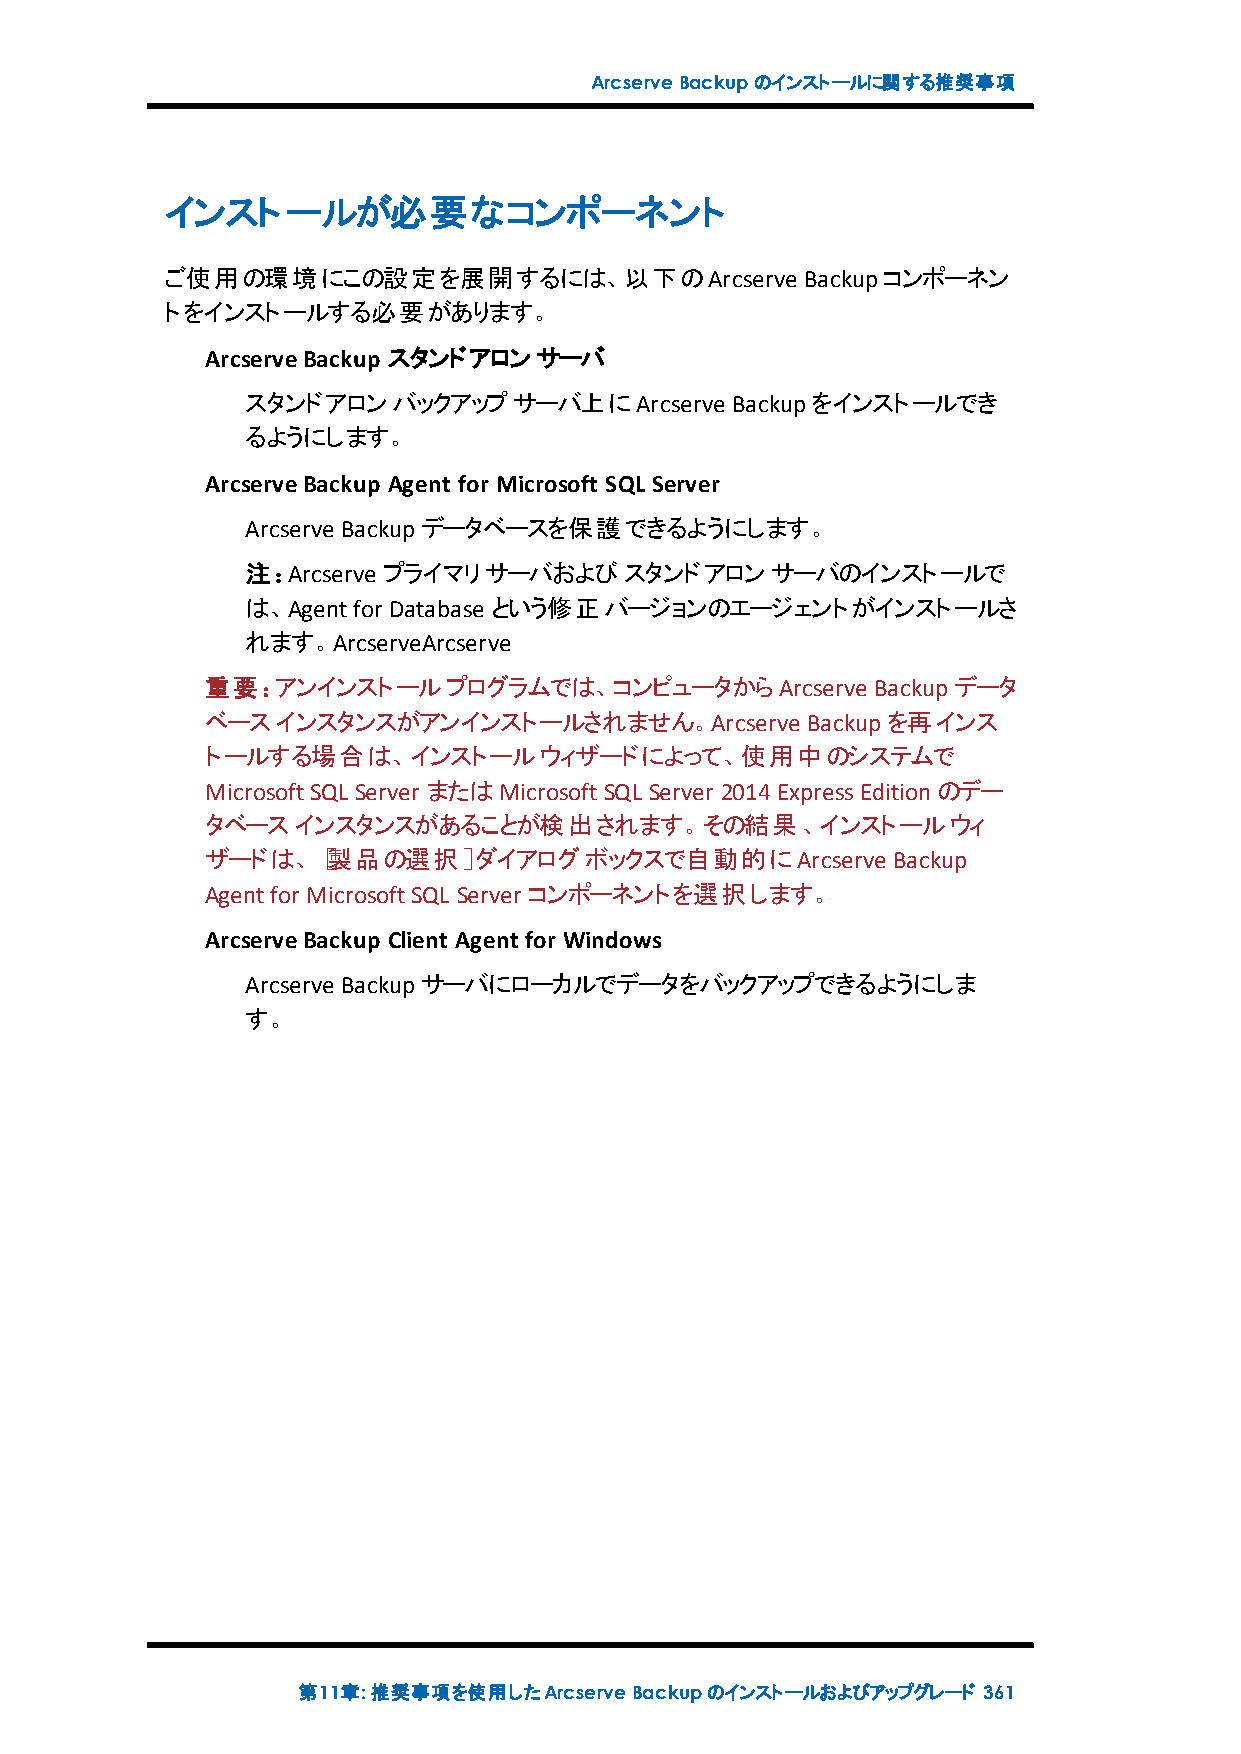
ArcserveBackupのインストールに関する推奨事項
 インストールが必要なコンポーネント
 ご使用の環境にこの設定を展開するには、以下のArcserve            Backupコンポーネン
 トをインストールする必要があります。
 ArcserveBackup スタンドアロンサーバ
 スタンドアロンバックアップサーバ上にArcserve      Backupをインストールでき
 るようにします。
 ArcserveBackup Agent for Microsoft SQL Server
 Arcserve Backupデータベースを保護できるようにします。
 注：Arcserve プライマリサーバおよびスタンドアロンサーバのインストールで
 は、Agentfor Database という修正バージョンのエージェントがインストールさ
 れます。ArcserveArcserve
 重要：アンインストールプログラムでは、コンピュータからArcserve         Backupデータ
 ベースインスタンスがアンインストールされません。Arcserve       Backupを再インス
 トールする場合は、インストールウィザードによって、使用中のシステムで
 MicrosoftSQL Server またはMicrosoftSQL Server 2014ExpressEditionのデー
 タベースインスタンスがあることが検出されます。その結果、インストールウィ
 ザードは、［製品の選択］ダイアログボックスで自動的にArcserve           Backup
 Agentfor MicrosoftSQL Server コンポーネントを選択します。
 ArcserveBackup Client Agent for Windows
 Arcserve Backupサーバにローカルでデータをバックアップできるようにしま
 す。
 第11章:推奨事項を使用したArcserveBackupのインストールおよびアップグレード 361